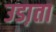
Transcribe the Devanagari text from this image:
उडा़ता